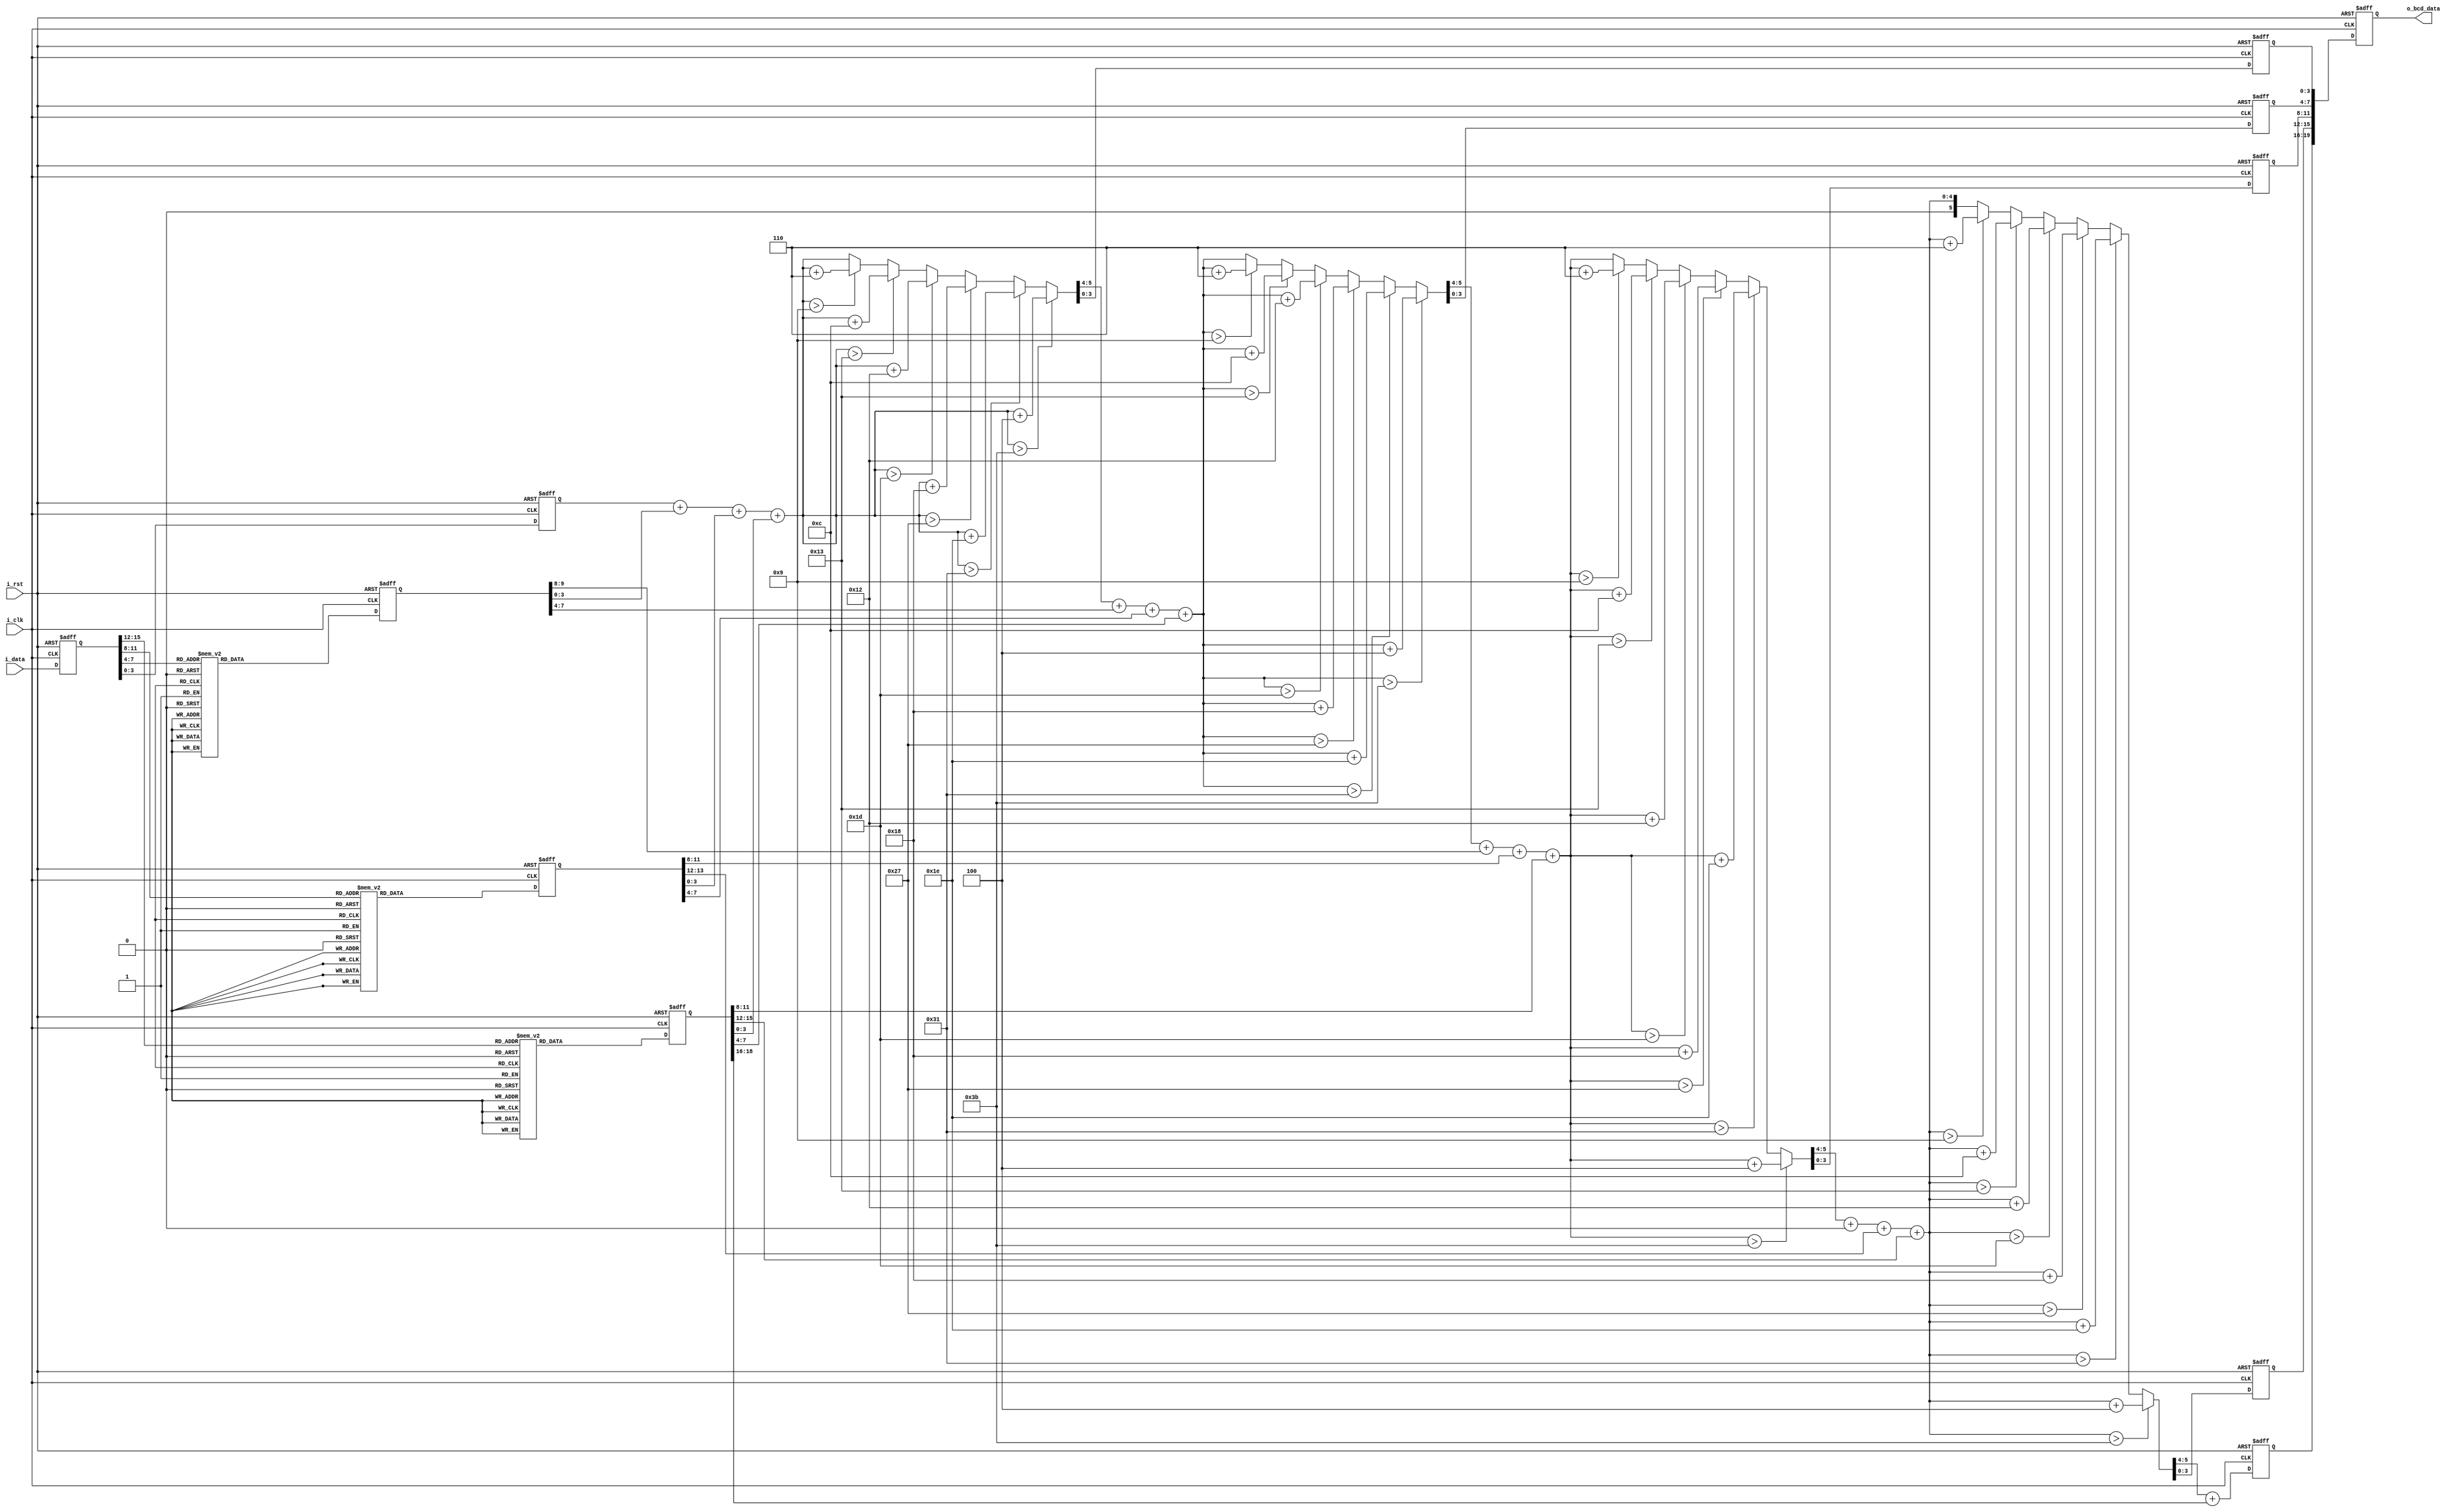
module Binary_To_BCD(
    input	i_clk,
    input	i_rst,
    input	[15:0]i_data,
    output	[19:0]o_bcd_data		
);

    //
    reg [ 3:0]data_0=0;    
    reg [ 9:0]data_1=0;
    reg [13:0]data_2=0;
    reg [18:0]data_3=0;
    
    reg [5:0]data_a=0;	
    reg [5:0]data_b=0;	
    reg [5:0]data_c=0;	
    reg [5:0]data_d=0;	
    reg [3:0]data_e=0;	
    
    wire [5:0]data_tmp_a;
    wire [5:0]data_tmp_b;
    wire [5:0]data_tmp_c;
    wire [5:0]data_tmp_d;
    wire [3:0]data_tmp_e;
    //
    reg [15:0]data_i=0;
    
    //
    reg [19:0]bcd_data_o=0;
    
    //
    assign o_bcd_data=bcd_data_o;
    
    //
    always@(posedge i_clk or negedge i_rst)begin
        if(!i_rst)begin
            bcd_data_o<=20'd0;
        end
        else begin
            bcd_data_o<={data_e,data_d[3:0],data_c[3:0],data_b[3:0],data_a[3:0]};
        end
    end
    //ݼ
    assign data_tmp_a= Add_BCD4(data_0[3:0],data_1[3:0],data_2[3:0],data_3[3:0]);
    assign data_tmp_b= Add_BCD4(data_tmp_a[5:4],data_1[7:4],data_2[7:4],data_3[7:4]);
    assign data_tmp_c= Add_BCD4(data_tmp_b[5:4],data_1[9:8],data_2[11:8], data_3[11:8]);
    assign data_tmp_d= Add_BCD4(data_tmp_c[5:4],4'b0000,data_2[13:12],data_3[15:12]);
    assign data_tmp_e=data_tmp_d[5:4] + data_3[18:16];
    
    //ݴ
    always@(posedge i_clk or negedge i_rst)begin
	    if(!i_rst)begin
            data_a <= 6'd0;
            data_b <= 6'd0;
            data_c <= 6'd0;
            data_d <= 6'd0;
            data_e <= 4'd0;
        end
        else begin 
            data_a <= data_tmp_a;
            data_b <= data_tmp_b;
            data_c <= data_tmp_c;
            data_d <= data_tmp_d;
            data_e <= data_tmp_e;
        end
    end

    //λȡ
    always@(posedge i_clk or negedge i_rst)begin
        if(!i_rst)begin
            data_0<= 4'd0;
        end
        else begin
            data_0 <= {data_0[3:0],data_i[3:0]};
        end
    end
    //λȡ
    always@(posedge i_clk or negedge i_rst)begin
        if(!i_rst)data_1 <= 10'd0;
        else begin
            case(data_i[7:4])
                4'h0: data_1 <= 10'h000;
                4'h1: data_1 <= 10'h016;
                4'h2: data_1 <= 10'h032;
                4'h3: data_1 <= 10'h048;
                4'h4: data_1 <= 10'h064;
                4'h5: data_1 <= 10'h080;
                4'h6: data_1 <= 10'h096;
                4'h7: data_1 <= 10'h112;
                4'h8: data_1 <= 10'h128;
                4'h9: data_1 <= 10'h144;
                4'ha: data_1 <= 10'h160;
                4'hb: data_1 <= 10'h176;
                4'hc: data_1 <= 10'h192;
                4'hd: data_1 <= 10'h208;
                4'he: data_1 <= 10'h224;
                4'hf: data_1 <= 10'h240;
                default: data_1 <= 10'h000;
            endcase
        end
    end
    //λȡ
    always@(posedge i_clk or negedge i_rst)begin
        if(!i_rst)data_2 <= 14'd0;
        else begin
            case(data_i[11:8]) 
                4'h0: data_2 <= 14'h0000;
                4'h1: data_2 <= 14'h0256;			
                4'h2: data_2 <= 14'h0512;			
                4'h3: data_2 <= 14'h0768;			
                4'h4: data_2 <= 14'h1024;			
                4'h5: data_2 <= 14'h1280;			
                4'h6: data_2 <= 14'h1536;			
                4'h7: data_2 <= 14'h1792;			
                4'h8: data_2 <= 14'h2048;			
                4'h9: data_2 <= 14'h2304;			
                4'ha: data_2 <= 14'h2560;			
                4'hb: data_2 <= 14'h2816;			
                4'hc: data_2 <= 14'h3072;			
                4'hd: data_2 <= 14'h3328;			
                4'he: data_2 <= 14'h3584;			
                4'hf: data_2 <= 14'h3840;			
                default: data_2 <= 14'h0000;
            endcase
        end
    end
    //λȡ
    always@(posedge i_clk or negedge i_rst)begin
        if(!i_rst)data_3 <= 19'd0;
        else begin
            case(data_i[15:12])
                4'h0: data_3 <= 19'h00000;
                4'h1: data_3 <= 19'h04096;			
                4'h2: data_3 <= 19'h08192;			
                4'h3: data_3 <= 19'h12288;			
                4'h4: data_3 <= 19'h16384;			
                4'h5: data_3 <= 19'h20480;			
                4'h6: data_3 <= 19'h24576;			
                4'h7: data_3 <= 19'h28672;			
                4'h8: data_3 <= 19'h32768;			
                4'h9: data_3 <= 19'h36864;			
                4'ha: data_3 <= 19'h40960;			
                4'hb: data_3 <= 19'h45056;			
                4'hc: data_3 <= 19'h49152;			
                4'hd: data_3 <= 19'h53248;			
                4'he: data_3 <= 19'h57344;				
                4'hf: data_3 <= 19'h61440;					  
                default: data_3 <= 19'h00000;
            endcase
        end
    end
    //뻺
    always@(posedge i_clk or negedge i_rst)begin
        if(!i_rst)begin
            data_i<=16'd0;
        end
        else begin
            data_i<=i_data;
        end
    end

    //ĸλλֵΪ:4'hf+4'hf+4'hf+4'hf=6'd3C		
    function [5:0]Add_BCD4; 
        input	[3:0]i_add1;
        input	[3:0]i_add2;
        input	[3:0]i_add3;
        input	[3:0]i_add4;
        reg [5:0]result;
            begin
                if(i_add1 + i_add2 + i_add3 + i_add4>6'h3b)
                    result=i_add1 + i_add2 + i_add3 + i_add4 + 5'h24;	//ʮ59ʮ36
                else if(i_add1 + i_add2 + i_add3 + i_add4>6'h31)
                    result=i_add1 + i_add2 + i_add3 + i_add4 + 5'h1e;	//ʮ49ʮ30
                else if(i_add1 + i_add2 + i_add3 + i_add4>6'h27)
                    result=i_add1 + i_add2 + i_add3 + i_add4 + 5'h18;	//ʮ39ʮ24
                else if(i_add1 + i_add2 + i_add3 + i_add4>6'h1d)
                    result=i_add1 + i_add2 + i_add3 + i_add4 + 5'h12;	//ʮ29ʮ18
                else if(i_add1 + i_add2 + i_add3 + i_add4>6'h13)
                    result=i_add1 + i_add2 + i_add3 + i_add4 + 5'hc;	//ʮ19ʮ12
                else if(i_add1 + i_add2 + i_add3 + i_add4>6'h09)
                    result=i_add1 + i_add2 + i_add3 + i_add4 + 5'h6;	//ʮ9ʮ6
                else
                    result=i_add1 + i_add2 + i_add3 + i_add4;
                Add_BCD4=result;
            end
    endfunction

endmodule